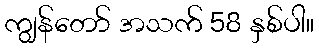
ကျွန်တော် အသက် 58 နှစ်ပါ။